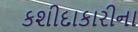
કશીદાકારીના